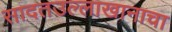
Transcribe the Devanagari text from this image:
सादतउल्लाखानाचा